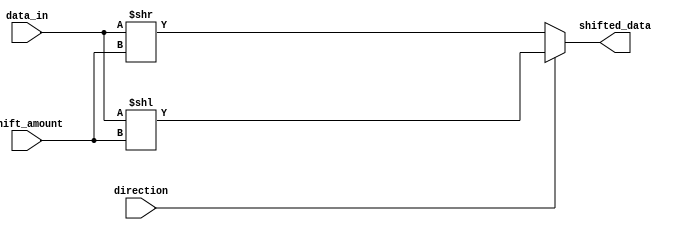
module Barrel_Shifter (
    input [7:0] data_in,
    input [2:0] shift_amount,
    input direction,
    output [7:0] shifted_data
);

reg [7:0] shifted_data;

always @ (*) begin
    if (direction) begin
        shifted_data = data_in << shift_amount;
    end else begin
        shifted_data = data_in >> shift_amount;
    end
end

endmodule